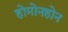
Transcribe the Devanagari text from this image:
होमोनहोन